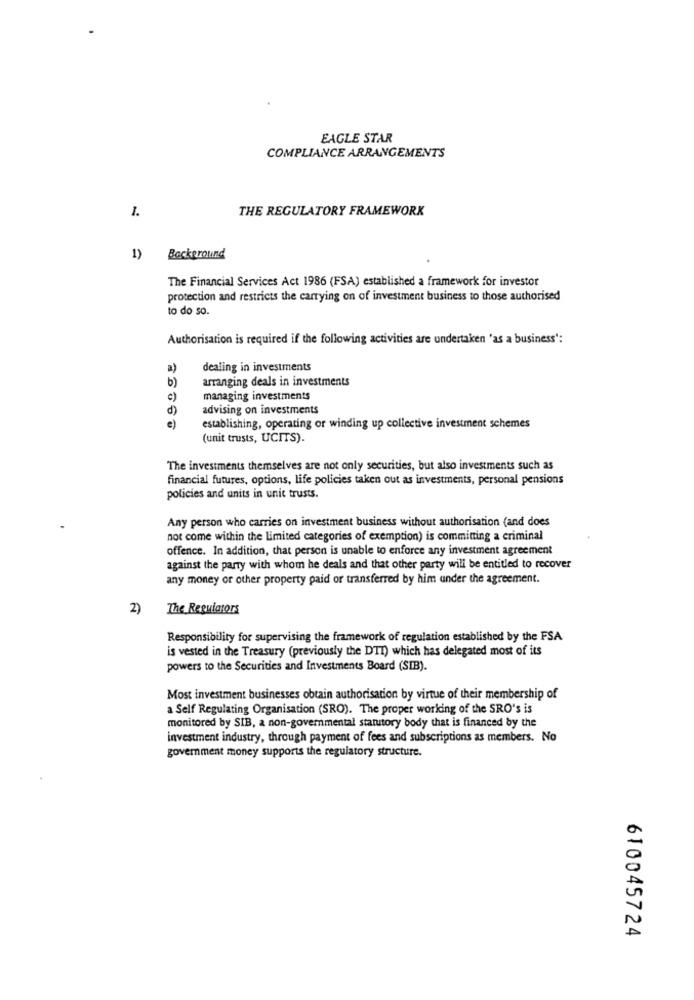
EAGLE STAR
COMPLIANCE ARRANGEMENTS
1.
THE REGULATORY FRAMEWORK
1)
Background
The Financial Services Act 1986 (FSA) established a framework for investor
protection and restricts the carrying on of investment business to those authorised
to do so.
Authorisation is required if the following activities are undertaken 'as a business':
a)
dealing in investments
b)
arranging deals in investments
c)
managing investments
d)
advising on investments
e)
establishing, operating or winding up collective investment schemes
(unit trusts, UCITS).
The investments themselves are not only securities, but also investments such as
financial futures, options, life policies taken out as investments, personal pensions
policies and units in unit trusts.
Any person who carries on investment business without authorisation (and does
not come within the limited categories of exemption) is commining a criminal
offence. In addition, that person is unable to enforce any investment agreement
against the party with whom he deals and that other party will be entitled to recover
any money or other property paid or transferred by him under the agreement.
2)
The Regulators
Responsibility for supervising the framework of regulation established by the FSA
is vested in the Treasury (previously the DTI) which has delegated most of its
powers to the Securities and Investments Board (SIB).
Most investment businesses obtain authorisation by virtue of their membership of
a Self Regulating Organisation (SRO). The proper working of the SRO's is
monitored by SIB, a non-governmental statutory body that is financed by the
investment industry, through payment of fees and subscriptions as members. No
government money supports the regulatory structure.
610045724